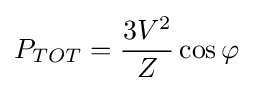
P_{TOT}={\frac {3V^{2}}{Z}}\cos \varphi